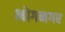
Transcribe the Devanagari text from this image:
भोगनगर